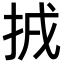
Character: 𢬮